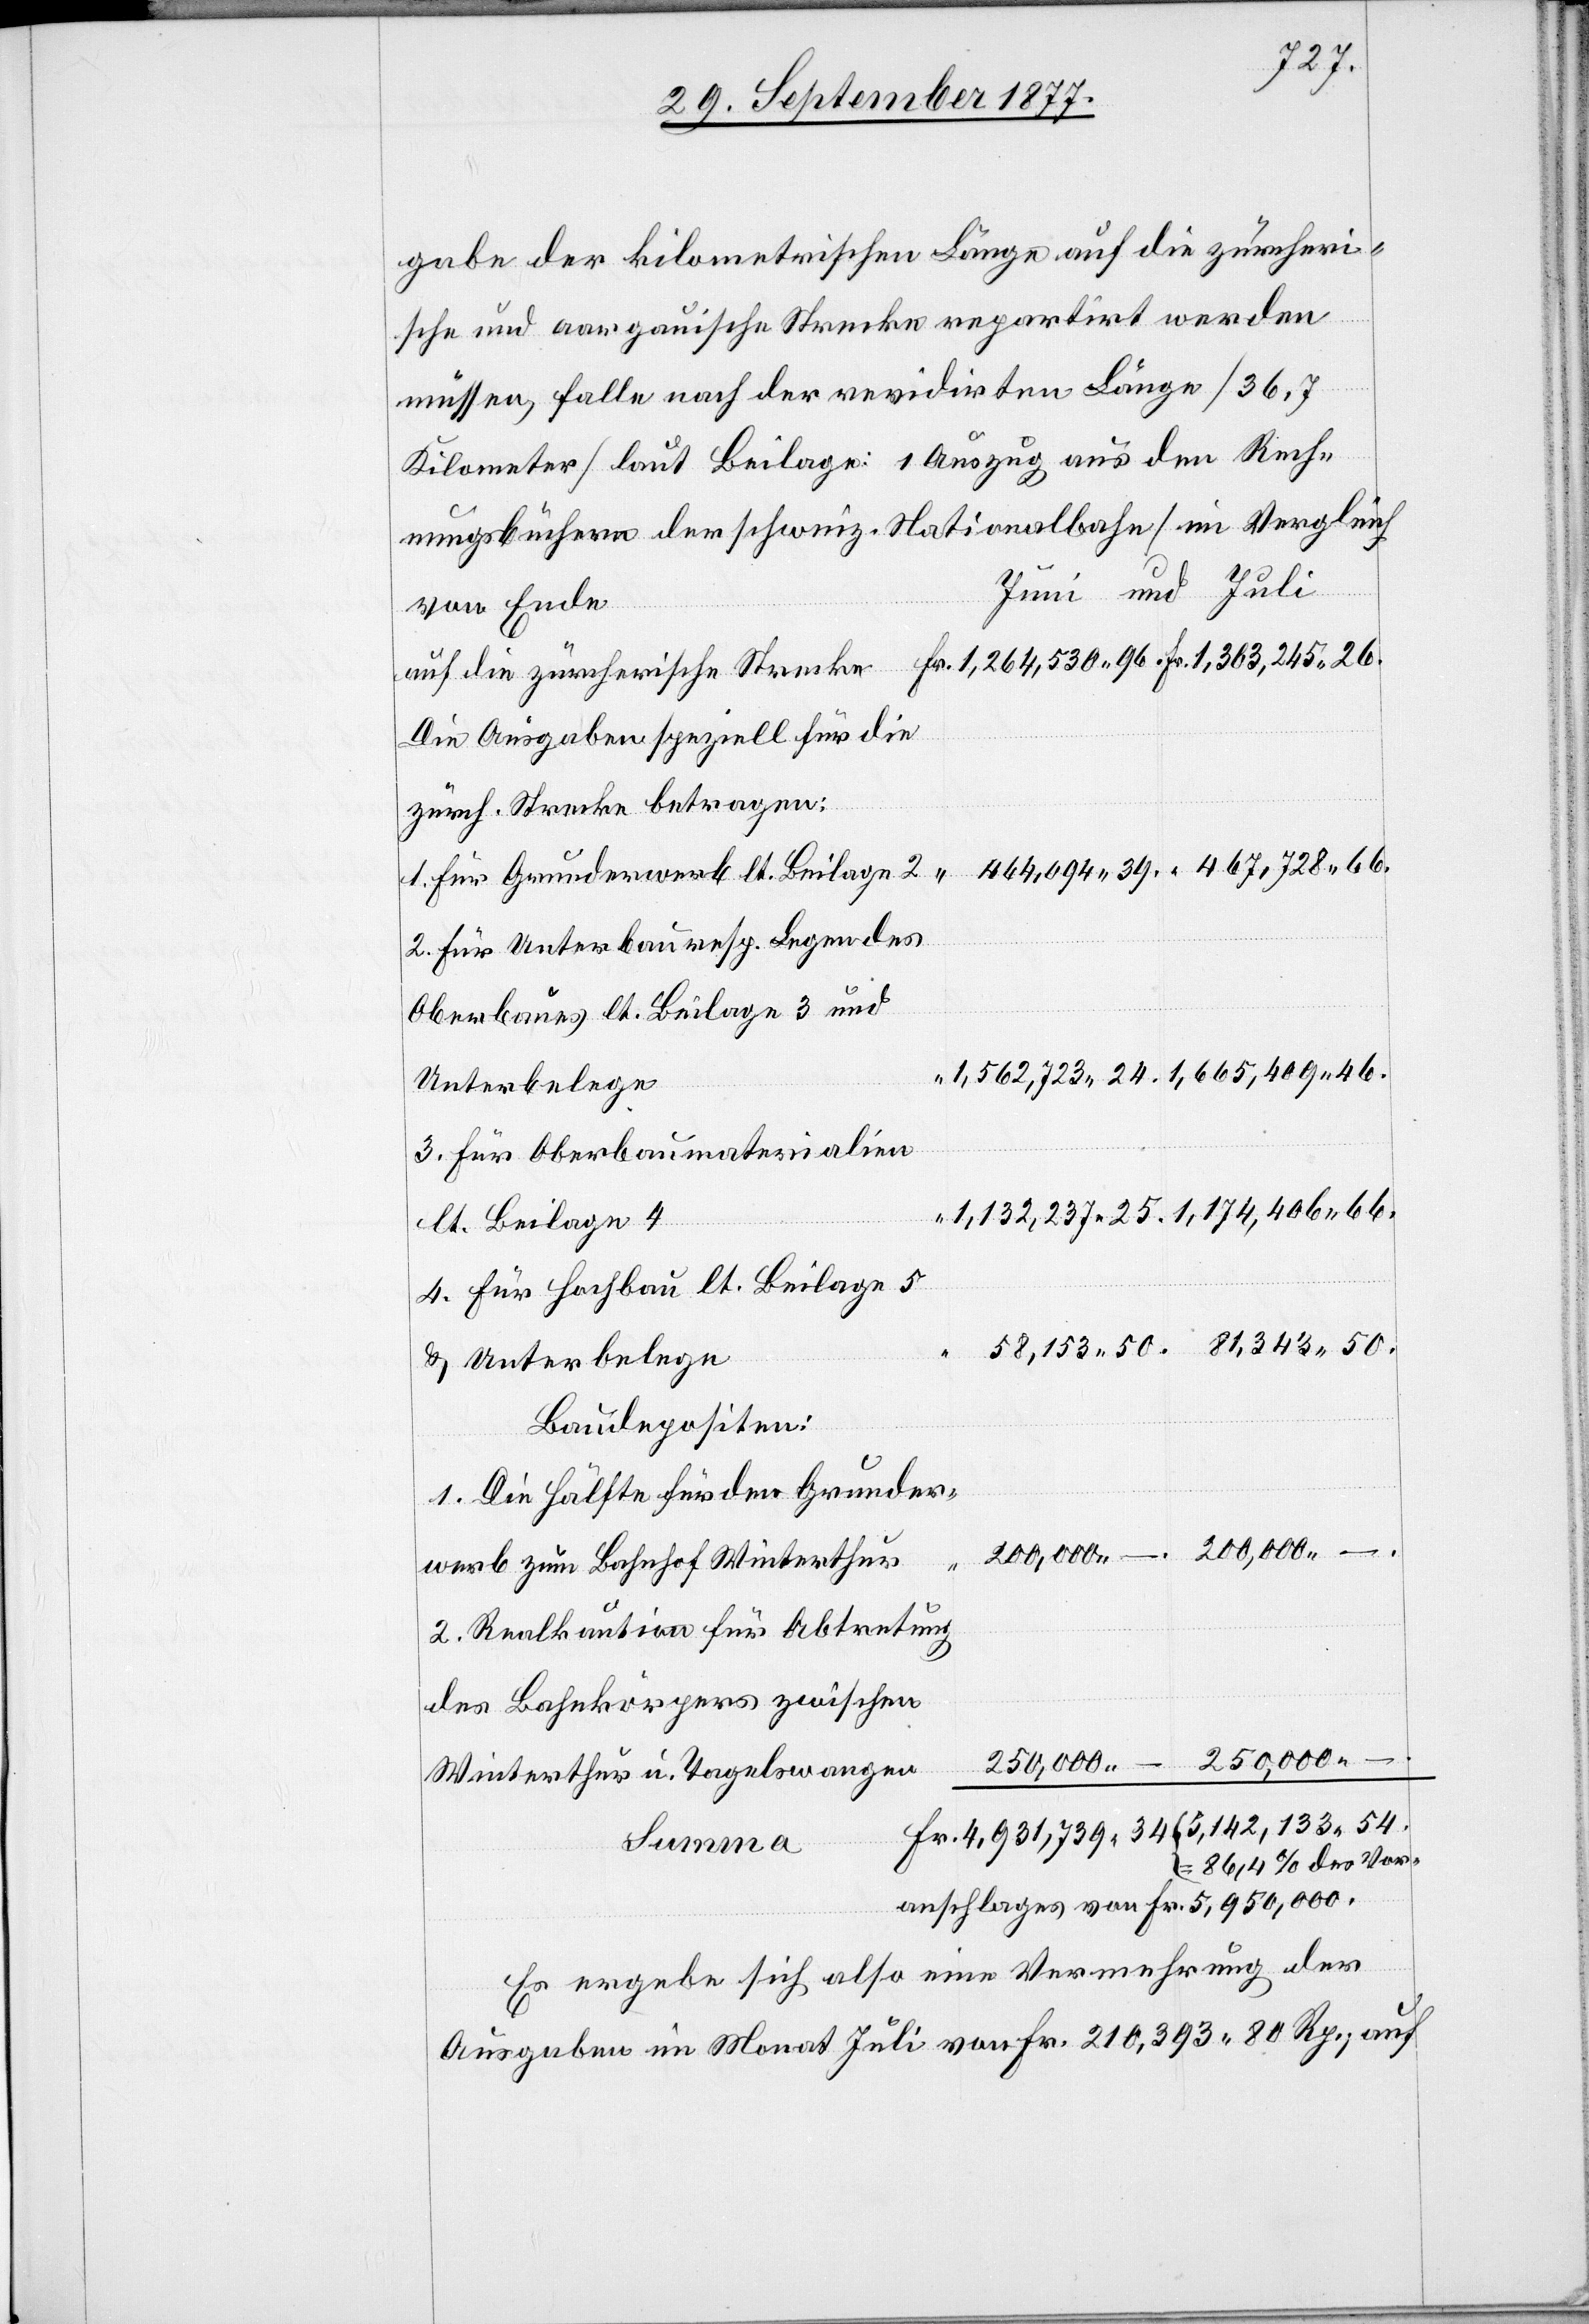
gabe der kilometrischen Länge auf die zürcheri¬
sche und aargauische Strecke repartirt werden
müssen, falle nach der revidirten Länge [36,7
Kilometer] laut Beilage: [Auszug aus den Rech¬
nungsbüchern der schweiz. Nationalbahn] im Vergleich
Die Ausgaben speziell für die
zürch. Strecke betragen:
1. Für Grunderwerb lt. Beilage 2
2. Für Unterbau resp. Legen des
Unterbelege
3. Für Oberbaumaterialien
lt. Beilage 4
4. Für Hochbau lt. Beilage 5
Summa
& Unterbelege
Baudepositen:
1. Die Hälfte für den Grunder¬
2. Realkaution für Abtretung
250,000 –
250,000 –
Winterthur u. Tagelswangen
86,4% des Vor¬
anschlages von Fr. 5,950,000.
Es ergebe sich also eine Vermehrung der
Ausgaben im Monat Juli von Fr. 210,393 80 Rp., auf